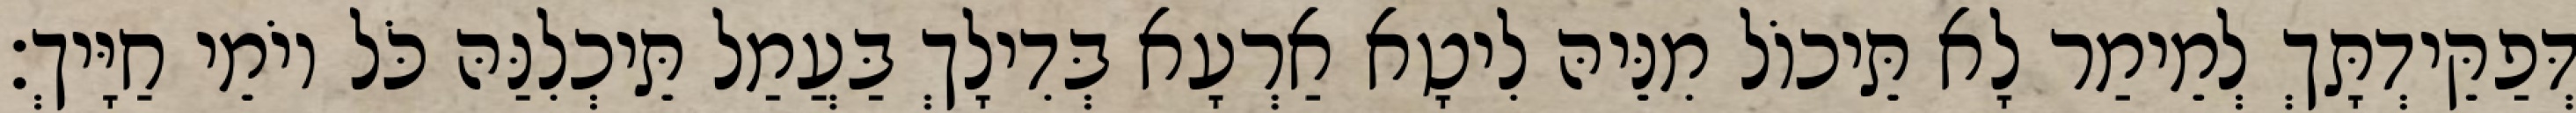
דְּפַקֵּידְתָּךְ לְמֵימַר לָא תֵּיכוֹל מִנֵּיהּ לִיטָא אַרְעָא בְּדִילָךְ בַּעֲמַל תֵּיכְלִנַּהּ כֹּל יוֹמֵי חַיָּיךְ׃